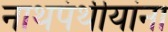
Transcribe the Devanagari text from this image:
नाथपंथीयांना